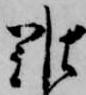
難